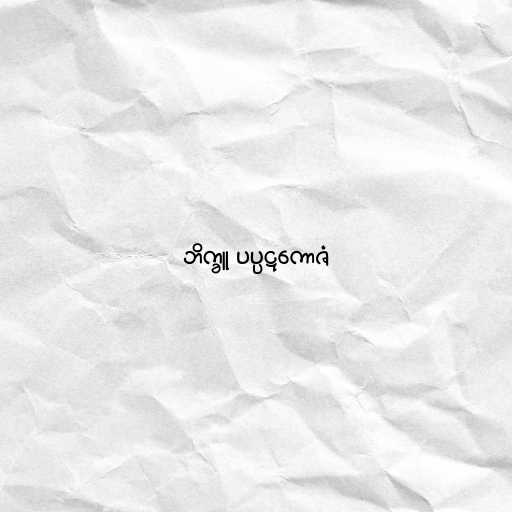
ဘိက္ခူ ပပ္ပဋကောဇံ